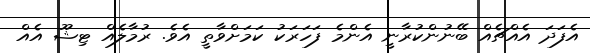
އެފަދަ އެއްޗެއް ބޭނުންކުރާނީ އެންމެ ފަހަރަކު ކަމަށްވާތީ އެވެ. ރުމާލެއް ޓިޝޫ އެއް